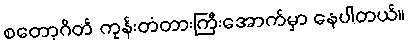
စတော့ဂိတ် ကုန်းတံတားကြီးအောက်မှာ နေပါတယ်။